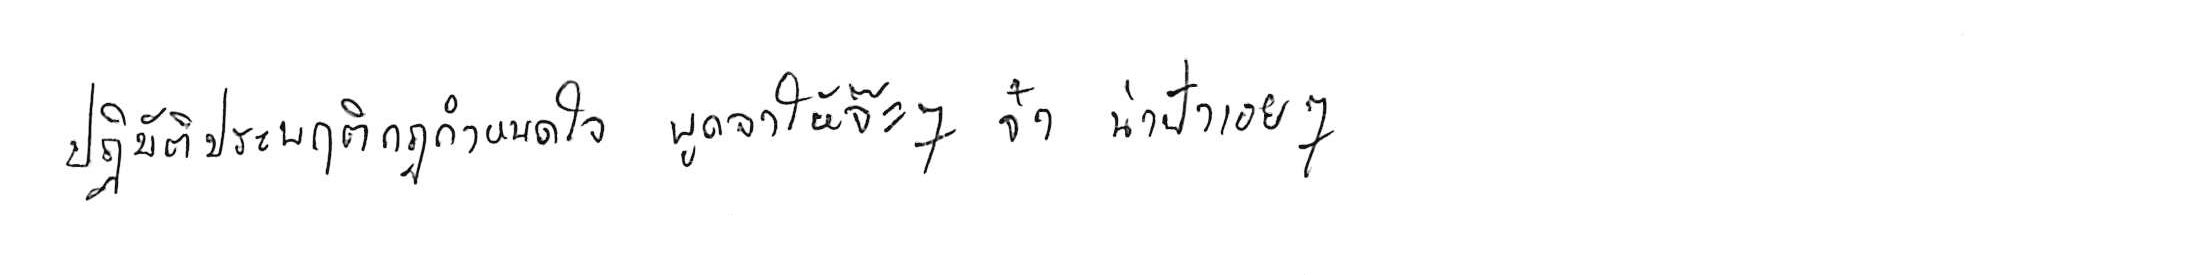
ปฏิบัติประพฤติกฎกำหนดใจ พูดจาให้จ๊ะๆ จ๋า น่าฟังเอยฯ